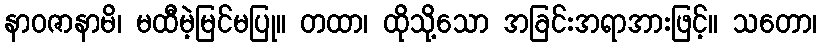
နာဝဇာနာမိ၊ မထီမဲ့မြင်မပြု။ တထာ၊ ထိုသို့သော အခြင်းအရာအားဖြင့်။ သတော၊